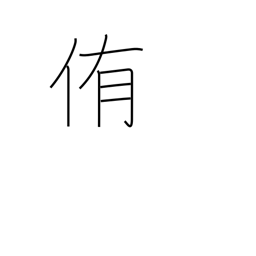
Meaning: urge to eat